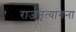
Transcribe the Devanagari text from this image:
राजनृत्यांगना